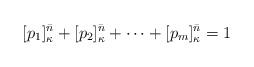
LaTeX: \begin{align*}[p_1]_{\kappa}^{\bar{n}}+[p_2]_{\kappa}^{\bar{n}}+ \cdots +[p_{m}]_{\kappa}^{\bar{n}}=1\end{align*}